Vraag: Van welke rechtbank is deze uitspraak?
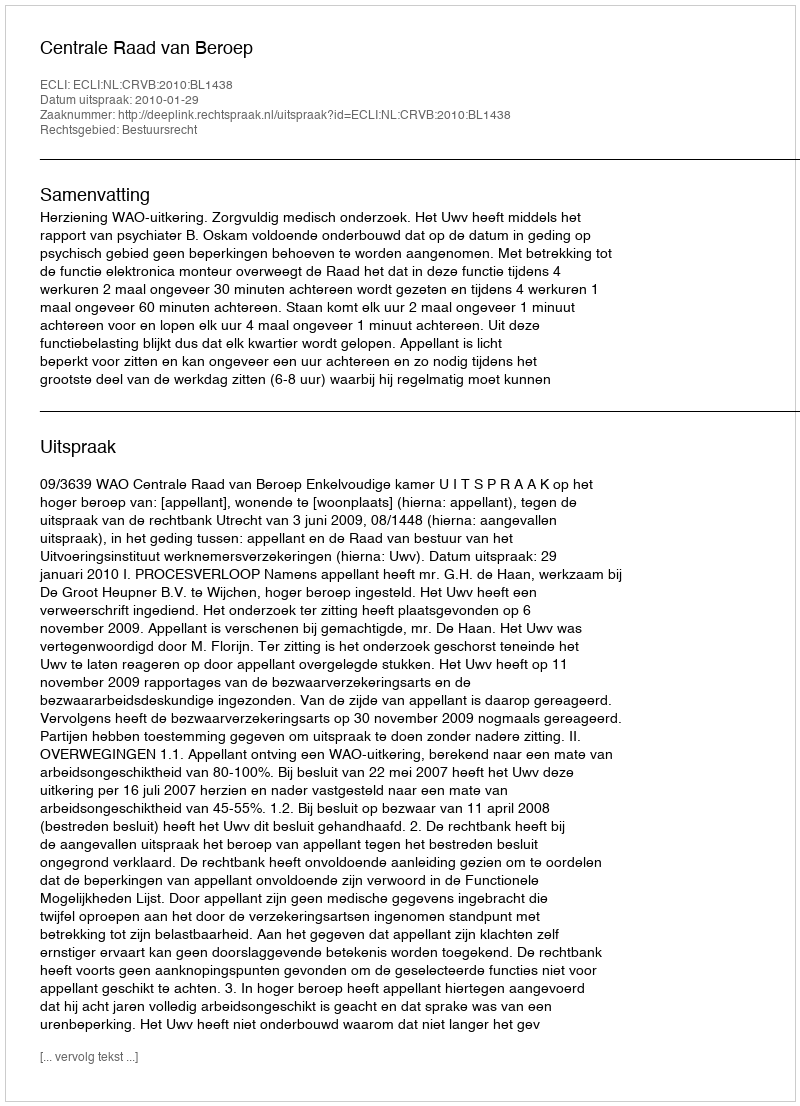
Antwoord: Centrale Raad van Beroep